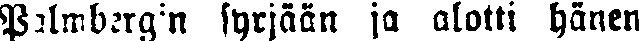
Palmbergin syrjään ja alotti hänen